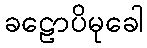
ခဠောပိမုခေါ